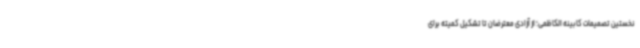
نخستین تصمیمات کابینه الکاظمی؛ از آزادی معترضان تا تشکیل کمیته برای